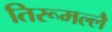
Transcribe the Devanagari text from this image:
तिरूमल्लै